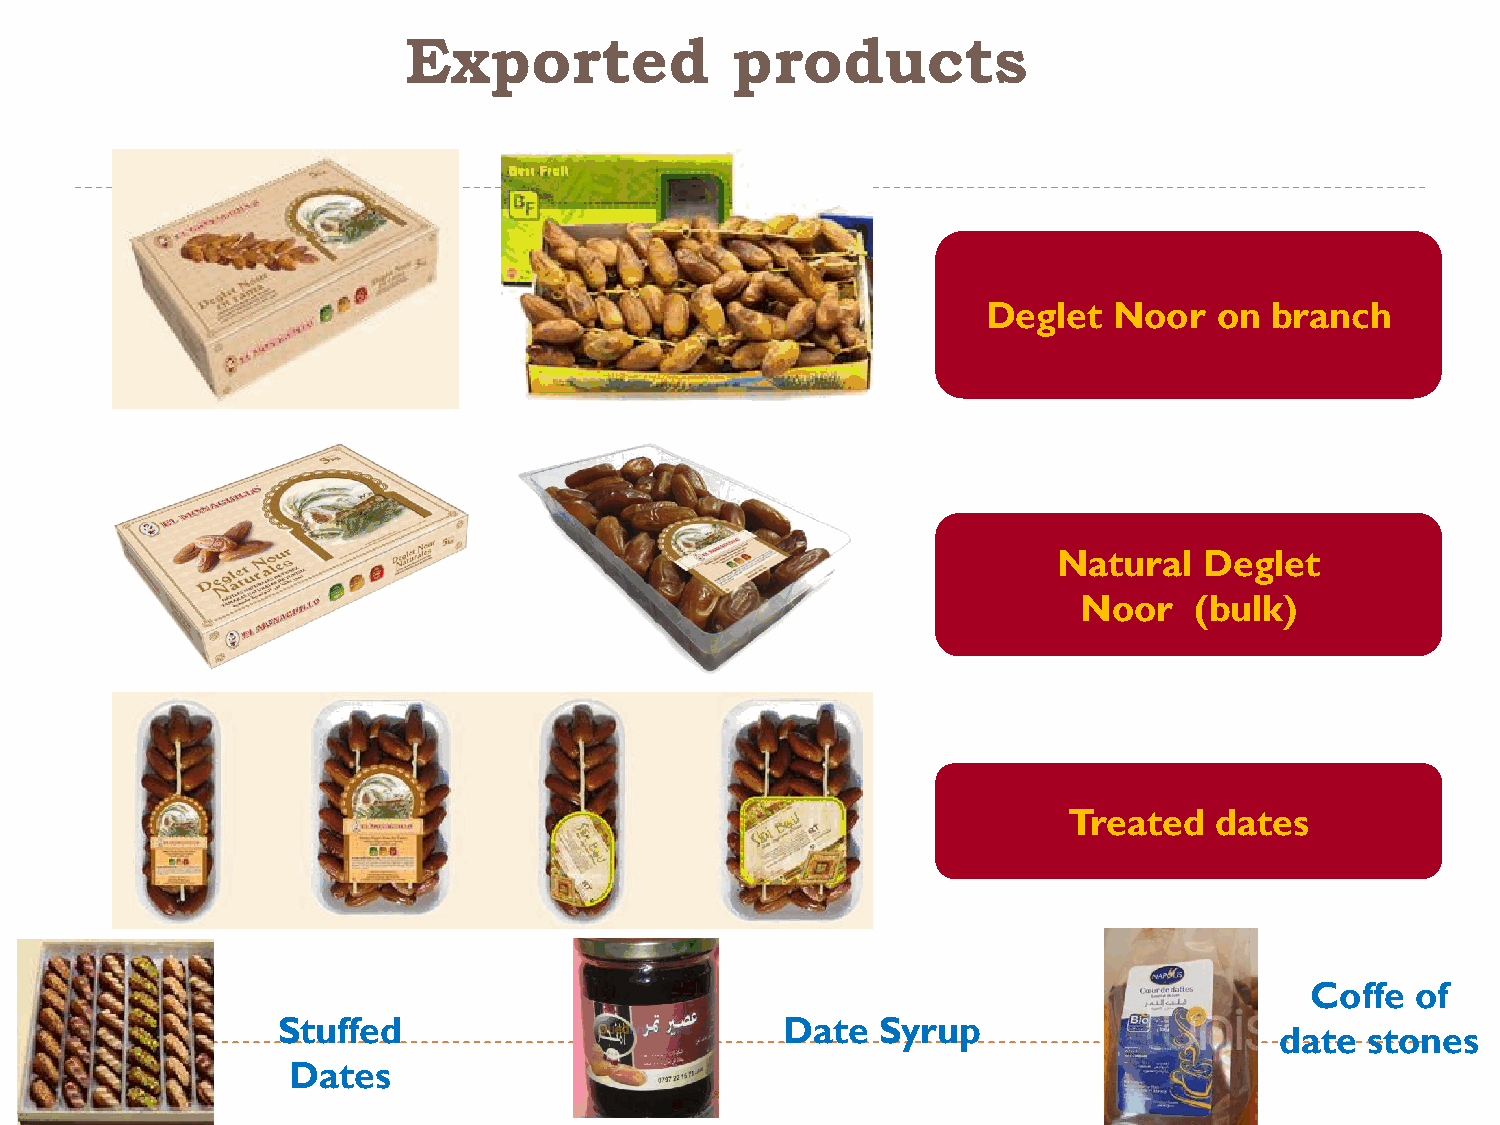
Exported             products
 Deglet   Noor   on branch
 Natural   Deglet
 Noor    (bulk)
 Treated  dates
 Coffe  of
 Stuffed                           Date  Syrup
 date  stones
 Dates